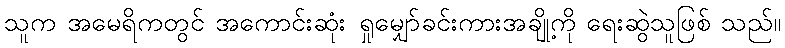
သူက အမေရိကတွင် အကောင်းဆုံး ရှုမျှော်ခင်းကားအချို့ကို ရေးဆွဲသူဖြစ် သည်။